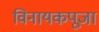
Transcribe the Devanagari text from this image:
विनायकपूजा